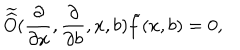
\widetilde { \widehat { O } } ( \frac { \partial } { \partial x } , \frac { \partial } { \partial b } , x , b ) \widetilde { f } ( x , b ) = 0 ,